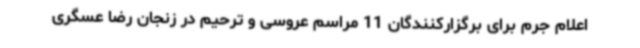
اعلام جرم برای برگزارکنندگان 11 مراسم عروسی و ترحیم در زنجان رضا عسگری